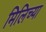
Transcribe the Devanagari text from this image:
मिलिच्या